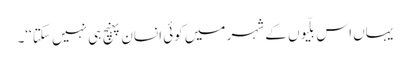
یہاں اس بلّیوں کے شہر میں کوئی انسان پہنچ ہی نہیں سکتا‘‘۔